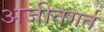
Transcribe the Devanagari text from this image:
अजीतगर्त